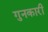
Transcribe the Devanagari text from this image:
गुनकारी